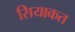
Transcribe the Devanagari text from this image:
सियाकत